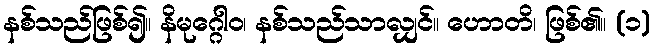
နစ်သည်ဖြစ်၍။ နိမုဂ္ဂေါဝ၊ နစ်သည်သာလျှင်။ ဟောတိ၊ ဖြစ်၏။ (၁)